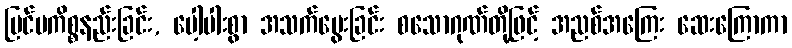
ပြင်ပကိစ္စနည်းခြင်း, ပေါ့ပါးစွာ အသက်မွေးခြင်း စသောဂုဏ်တို့ဖြင့် အညစ်အကြေး ဆေးကြောကာ